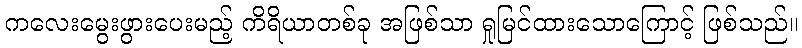
ကလေးမွေးဖွားပေးမည့် ကိရိယာတစ်ခု အဖြစ်သာ ရှုမြင်ထားသောကြောင့် ဖြစ်သည်။